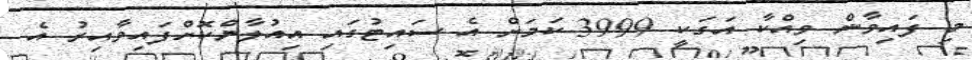
މި ފައިވާން ވިއްކާ އަގަކީ 3999 ކަމަށް އެ ސައިޓުގައި އިއުލާންކޮށްފައިވާއިރު އެ